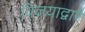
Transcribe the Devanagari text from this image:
विजयाद्वारे